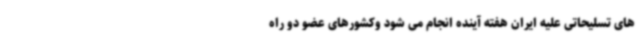
های تسلیحاتی علیه ایران هفته آینده انجام می شود وکشورهای عضو دو راه